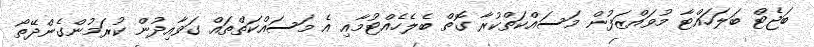
ބަޖެޓް ބަލަހައްޓާ މުވައްޒަފުން މަސައްކަތްކުރާ ގޮތް ބެލެހެއްޓުމާއި އެ މަސައްކަތްތައް ގަވާއިދުން ކުރަމުންގެންދޭތޯ